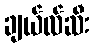
ချယ်လ်ဆီး